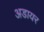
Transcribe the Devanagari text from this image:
अडायर